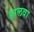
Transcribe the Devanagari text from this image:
हालवा